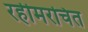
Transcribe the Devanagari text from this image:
रहीमरचित